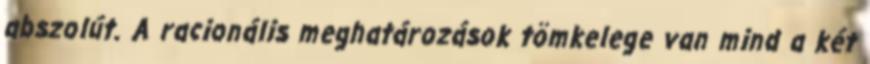
abszolút. A racionális meghatározások tömkelege van mind a két